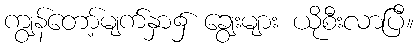
ကျွန်တော့်မျက်နှာ၌ ချွေးများ ယိုစီးလာပြီ။